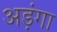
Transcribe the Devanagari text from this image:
अड़ंगा